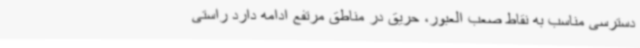
دسترسی مناسب به نقاط صعب العبور، حریق در مناطق مرتفع ادامه دارد راستی